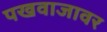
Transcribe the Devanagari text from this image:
पखवाजावर